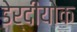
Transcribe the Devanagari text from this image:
डेर्दीयोक